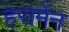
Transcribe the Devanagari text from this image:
हरामेंन